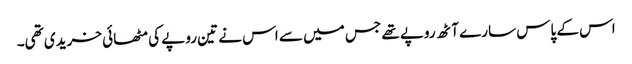
اس کے پاس سارے آٹھ روپے تھے جس میں سے اس نے تین روپے کی مٹھائی خریدی تھی۔